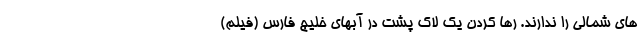
های شمالی را ندارند. رها کردن یک لاک پشت در آبهای خلیج فارس (فیلم)